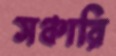
সঞ্চারি